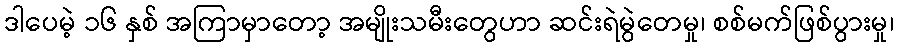
ဒါပေမဲ့ ၁၆ နှစ် အကြာမှာတော့ အမျိုးသမီးတွေဟာ ဆင်းရဲမွဲတေမှု၊ စစ်မက်ဖြစ်ပွားမှု၊